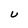
Character: u